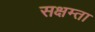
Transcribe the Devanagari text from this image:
सक्षम्ता